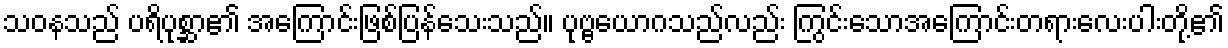
သဝနသည် ပရိပုစ္ဆာ၏ အကြောင်းဖြစ်ပြန်သေးသည်။ ပုဗ္ဗယောဂသည်လည်း ကြွင်းသောအကြောင်းတရားလေးပါးတို့၏